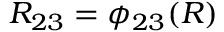
R _ { 2 3 } = \phi _ { 2 3 } ( R )